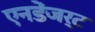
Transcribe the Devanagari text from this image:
एनडेंजर्ट